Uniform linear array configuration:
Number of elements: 4
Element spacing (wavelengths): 1
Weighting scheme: cosine
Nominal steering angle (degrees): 30
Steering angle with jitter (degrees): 31.132
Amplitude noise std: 0.05
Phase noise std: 0.05

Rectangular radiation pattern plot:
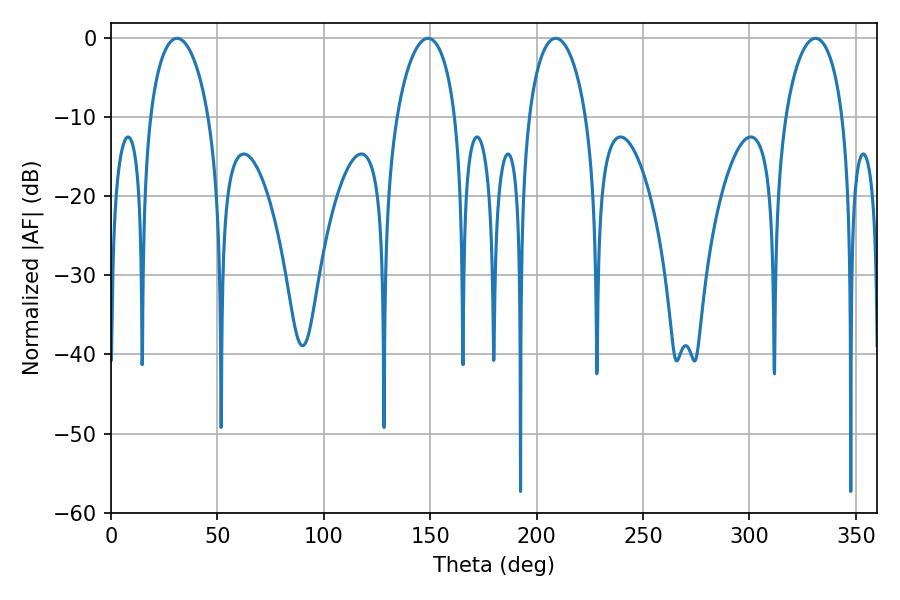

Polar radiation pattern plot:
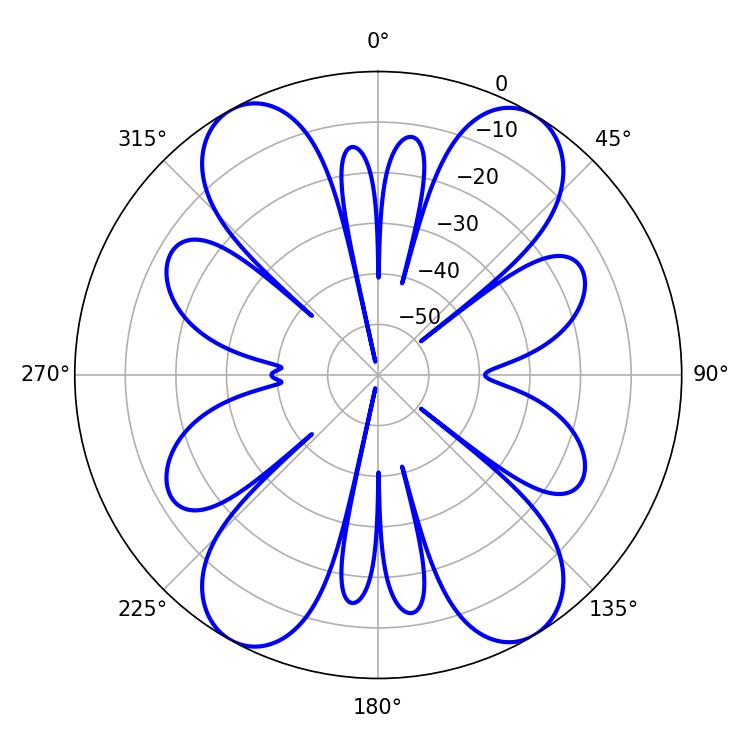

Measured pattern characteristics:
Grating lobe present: TRUE
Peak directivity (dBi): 20.853
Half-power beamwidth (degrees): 15.3
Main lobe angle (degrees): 331.02